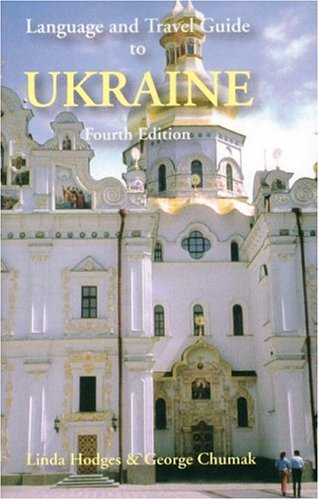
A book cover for Language and Travel Guide to Ukraine; Linda Hodges; Travel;